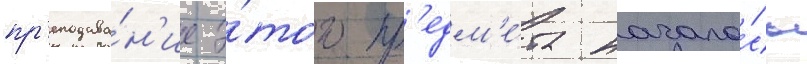
пр'еподава́н'ие э́того пр'едм'е́та начало́сь